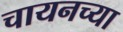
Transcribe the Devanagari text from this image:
चायनच्या